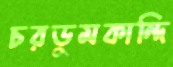
চরডুমকান্দি